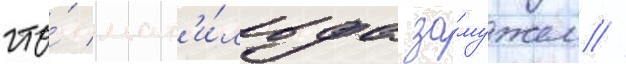
что́ мат'и́льда за́мужем //